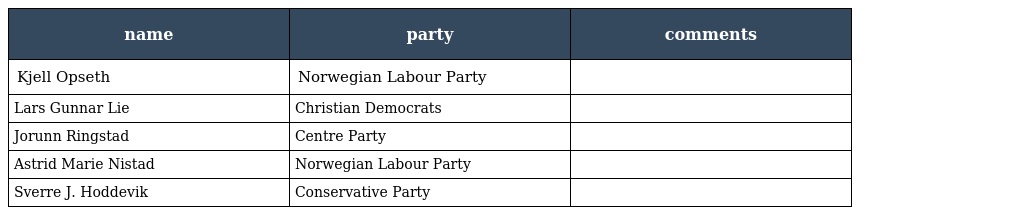
| name | party | comments |
 | --- | --- | --- |
 | Kjell Opseth | Norwegian Labour Party |  |
 | Lars Gunnar Lie | Christian Democrats |  |
 | Jorunn Ringstad | Centre Party |  |
 | Astrid Marie Nistad | Norwegian Labour Party |  |
 | Sverre J. Hoddevik | Conservative Party |  |